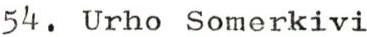
54. Urho Somerkivi